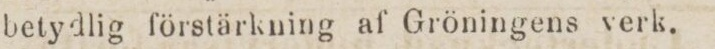
betydlig förstärkning af Gröningens verk.